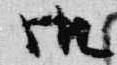
御